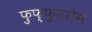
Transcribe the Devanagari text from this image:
फुफ्फुसरोग